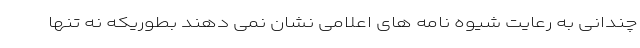
چندانی به رعایت شیوه نامه های اعلامی نشان نمی دهند بطوریکه نه تنها